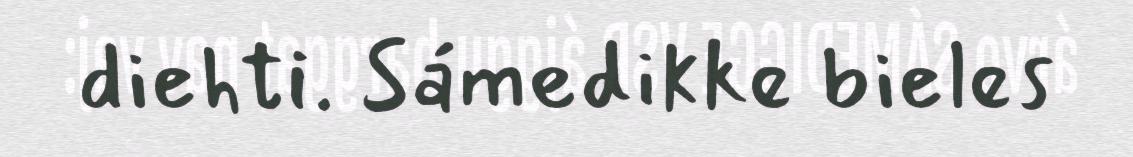
diehti. Sámedikke bieles